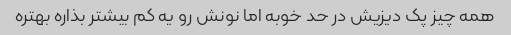
همه چیز پک دیزیش در حد خوبه اما نونش رو یه کم بیشتر بذاره بهتره